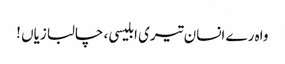
واہ رے انسان تیری ابلیسی ، چالبازیاں !